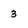
Character: 3